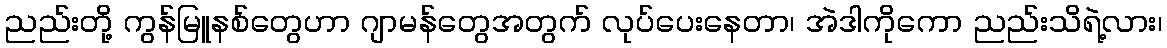
ညည်းတို့ ကွန်မြူနစ်တွေဟာ ဂျာမန်တွေအတွက် လုပ်ပေးနေတာ၊ အဲဒါကိုကော ညည်းသိရဲ့လား၊